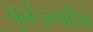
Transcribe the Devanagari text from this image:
पुर्नउत्पादित